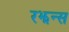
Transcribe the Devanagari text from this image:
रझन्स